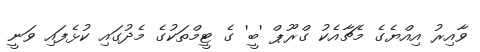
ވާއިރު އިއްޔެގެ މެޗާއެކު ގްރޫޕް 'ބީ' ގެ ޓީމްތަކުގެ މެދުގައި ކުޅެފައި ވަނީ